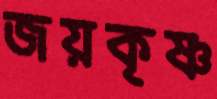
জয়কৃষ্ণ